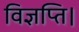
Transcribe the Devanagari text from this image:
विज्ञप्ति।